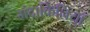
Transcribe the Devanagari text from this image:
मंदाकिनियाँ